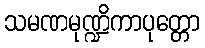
သမဏမုဏ္ဍိကာပုတ္တော